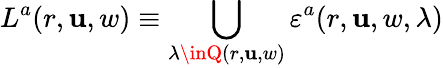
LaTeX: L^{a}(r,\mathbf{u},w)\equiv\bigcup_{\lambda\inQ(r,\mathbf{u},w)}\varepsilon^{a}(r,\mathbf{u},w,\lambda)